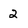
Character: 2